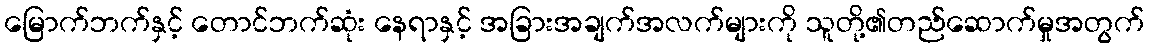
မြောက်ဘက်နှင့် တောင်ဘက်ဆုံး နေရာနှင့် အခြားအချက်အလက်များကို သူတို့၏တည်ဆောက်မှုအတွက်